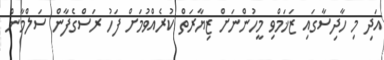
އަދި މި ހާދިސާގައި ޒަޚަމްވި މީހުންނަށް ޒިޔާރަތް ކުރެއްވުމަށް ފަހު ރަސްގެފާން ސަލްމާން